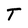
Character: T